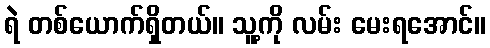
ရဲ တစ်ယောက်ရှိတယ်။ သူ့ကို လမ်း မေးရအောင်။